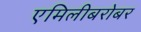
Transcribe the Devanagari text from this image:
एमिलीबरोबर